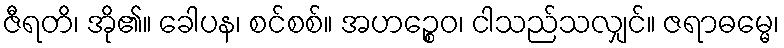
ဇီရတိ၊ အို၏။ ခေါပန၊ စင်စစ်။ အဟဉ္စေဝ၊ ငါသည်သလျှင်။ ဇရာဓမ္မေ၊